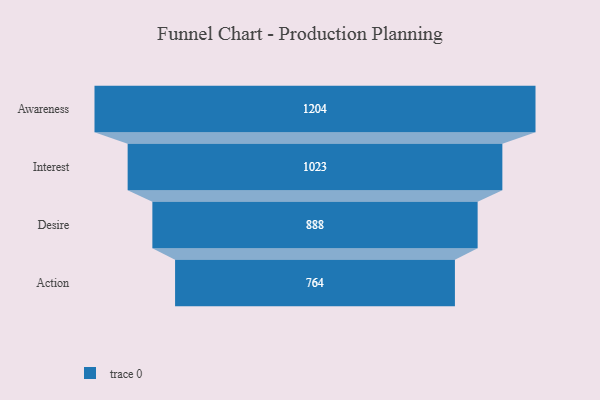
{"axis": {"x": "Stage", "y": "Value"}, "legend": [""], "data": [{"x": "Awareness", "y": 1204.0, "type": ""}, {"x": "Interest", "y": 1023.0, "type": ""}, {"x": "Desire", "y": 888.0, "type": ""}, {"x": "Action", "y": 764.0, "type": ""}]}